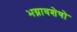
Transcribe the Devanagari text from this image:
भग्नावशेषो